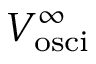
V _ { \mathrm { o s c i } } ^ { \infty }